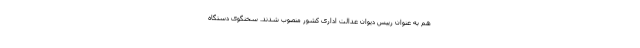
هم به عنوان رییس دیوان عدالت اداری کشور منصوب شدند. سخنگوی دستگاه